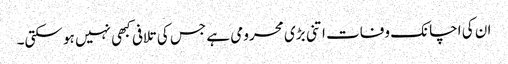
ان کی اچانک وفات اتنی بڑی محرومی ہے جس کی تلافی کبھی نہیں ہو سکتی۔